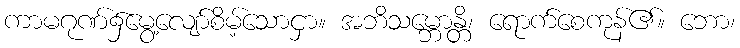
ကာမဂုဏ်၌မွေ့လျော်စိမ့်သောငှာ။ အဘိသမ္ဘောန္တိ၊ ရောက်စေကုန်၏။ ဘော၊